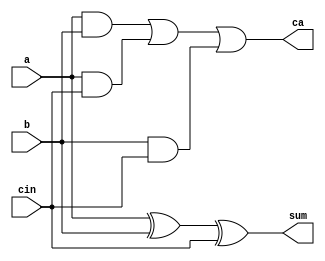
module fulladder (a, b, cin, sum, ca);
input a, b, cin;
output sum, ca;

assign sum = a ^ b ^ cin;
assign ca = (a & b) | (a & cin) | (b & cin);

endmodule

module halfadder(a,b,sum,ca);
input a,b;
output sum,ca;

assign sum=a^b;
assign ca=a&b;

endmodule

 
module arraymult_16bit(
    input [15:0] a,
    input [15:0] b,
    output [31:0] product
    );

	wire [15:0]pp0;
	wire [16:1]pp1;
	wire [17:2]pp2;
	wire [18:3]pp3;
	wire [19:4]pp4;
	wire [20:5]pp5;
	wire [21:6]pp6;
	wire [22:7]pp7;
	wire [23:8]pp8;
	wire [24:9]pp9;
	wire [25:10]pp10;
	wire [26:11]pp11;
	wire [27:12]pp12;
	wire [28:13]pp13;
	wire [29:14]pp14;
	wire [30:15]pp15;

	genvar i;
	generate
		for(i=0;i<16;i=i+1)
		begin
			assign pp0[i+0]=a[i]&b[0];
			assign pp1[i+1]=a[i]&b[1];
			assign pp2[i+2]=a[i]&b[2];
			assign pp3[i+3]=a[i]&b[3];
			assign pp4[i+4]=a[i]&b[4];
			assign pp5[i+5]=a[i]&b[5];
			assign pp6[i+6]=a[i]&b[6];
			assign pp7[i+7]=a[i]&b[7];
			assign pp8[i+8]=a[i]&b[8];
			assign pp9[i+9]=a[i]&b[9];
			assign pp10[i+10]=a[i]&b[10];
			assign pp11[i+11]=a[i]&b[11];
			assign pp12[i+12]=a[i]&b[12];
			assign pp13[i+13]=a[i]&b[13];
			assign pp14[i+14]=a[i]&b[14];
			assign pp15[i+15]=a[i]&b[15];
		end
	endgenerate

	// 1 - initial
	wire [15:1]sum1;
	wire [15:1]carry1;
	assign product[0]=pp0[0];
	halfadder until_1[15:1] (pp0[15:1],pp1[15:1],sum1[15:1],carry1[15:1]);
	
	// until 2
	wire [16:2]sum2;
	wire [16:2]carry2;
	assign product[1]=sum1[1];
	fulladder until_2[16:2] ({pp1[16],sum1[15:2]},carry1[15:1],pp2[16:2],sum2[16:2],carry2[16:2]);

	// until 3
	wire [17:3]sum3;
	wire [17:3]carry3;
	assign product[2]=sum2[2];
	fulladder until_3[17:3] ({pp2[17],sum2[16:3]},carry2[16:2],pp3[17:3],sum3[17:3],carry3[17:3]);

	// until 4
	wire [18:4]sum4;
	wire [18:4]carry4;
	assign product[3]=sum3[3];
	fulladder until_4[18:4] ({pp3[18],sum3[17:4]},carry3[17:3],pp4[18:4],sum4[18:4],carry4[18:4]);

	// until 5
	wire [19:5]sum5;
	wire [19:5]carry5;
	assign product[4]=sum4[4];
	fulladder until_5[19:5] ({pp4[19],sum4[18:5]},carry4[18:4],pp5[19:5],sum5[19:5],carry5[19:5]);

	// until 6
	wire [20:6]sum6;
	wire [20:6]carry6;
	assign product[5]=sum5[5];
	fulladder until_6[20:6] ({pp5[20],sum5[19:6]},carry5[19:5],pp6[20:6],sum6[20:6],carry6[20:6]);

	// until 7
	wire [21:7]sum7;
	wire [21:7]carry7;
	assign product[6]=sum6[6];
	fulladder until_7[21:7] ({pp6[21],sum6[20:7]},carry6[20:6],pp7[21:7],sum7[21:7],carry7[21:7]);

	// until 8
	wire [22:8]sum8;
	wire [22:8]carry8;
	assign product[7]=sum7[7];
	fulladder until_8[22:8] ({pp7[22],sum7[21:8]},carry7[21:7],pp8[22:8],sum8[22:8],carry8[22:8]);

	// until 9
	wire [23:9]sum9;
	wire [23:9]carry9;
	assign product[8]=sum8[8];
	fulladder until_9[23:9] ({pp8[23],sum8[22:9]},carry8[22:8],pp9[23:9],sum9[23:9],carry9[23:9]);

	// until 10
	wire [24:10]sum10;
	wire [24:10]carry10;
	assign product[9]=sum9[9];
	fulladder until_10[24:10] ({pp9[24],sum9[23:10]},carry9[23:9],pp10[24:10],sum10[24:10],carry10[24:10]);

	// until 11
	wire [25:11]sum11;
	wire [25:11]carry11;
	assign product[10]=sum10[10];
	fulladder until_11[25:11] ({pp10[25],sum10[24:11]},carry10[24:10],pp11[25:11],sum11[25:11],carry11[25:11]);

	// until 12
	wire [26:12]sum12;
	wire [26:12]carry12;
	assign product[11]=sum11[11];
	fulladder until_12[26:12] ({pp11[26],sum11[25:12]},carry11[25:11],pp12[26:12],sum12[26:12],carry12[26:12]);

	// until 13
	wire [27:13]sum13;
	wire [27:13]carry13;
	assign product[12]=sum12[12];
	fulladder until_13[27:13] ({pp12[27],sum12[26:13]},carry12[26:12],pp13[27:13],sum13[27:13],carry13[27:13]);

	// until 14
	wire [28:14]sum14;
	wire [28:14]carry14;
	assign product[13]=sum13[13];
	fulladder until_14[28:14] ({pp13[28],sum13[27:14]},carry13[27:13],pp14[28:14],sum14[28:14],carry14[28:14]);

	// until 15
	wire [29:15]sum15;
	wire [29:15]carry15;
	assign product[14]=sum14[14];
	fulladder until_15[29:15] ({pp14[29],sum14[28:15]},carry14[28:14],pp15[29:15],sum15[29:15],carry15[29:15]);

	// until 16 - final
	wire [30:16]carry16;
	assign product[15]=sum15[15];
	halfadder add16 (sum15[16],carry15[15],product[16],carry16[16]);
	fulladder until_16[30:17] ({pp15[30],sum15[29:17]},carry15[29:16],carry16[29:16],product[30:17],carry16[30:17]);
	assign product[31]=carry16[30];

endmodule

module top;
reg [15:0] a,b;
wire [31:0] product;

arraymult_16bit mul(a,b,product);

initial begin
	a=16'd15;
	b=16'd30;
end
initial 
    $monitor("a=%d  b=%d product=%d", a, b,product);
endmodule